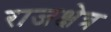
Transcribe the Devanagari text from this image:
राजक्षेत्र